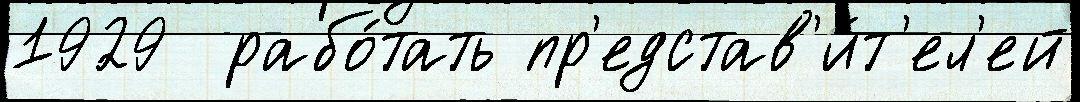
1929  рабо́тать пр'едстав'и́т'ел'ей